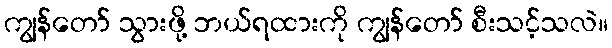
ကျွန်တော် သွားဖို့ ဘယ်ရထားကို ကျွန်တော် စီးသင့်သလဲ။